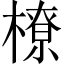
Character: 橑